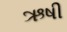
ઋષી